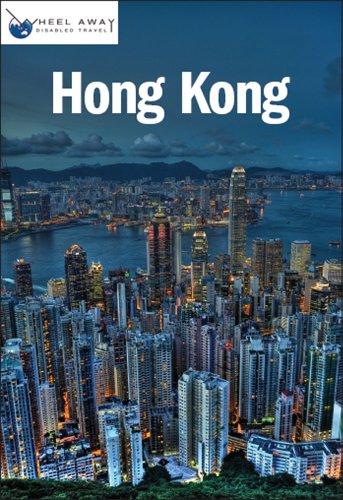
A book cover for Wheel Away Disabled Travel Hong Kong; Sarah Fuller; Travel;